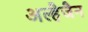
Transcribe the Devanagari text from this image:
अल्हैजैन